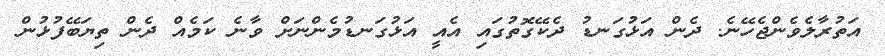
އަތުރާލެވެންޖެހޭނެ. ދެން އަޅުގަނޑު ދެކޭގޮތުގައި އެއީ އަޅުގަނޑުމެންނަށް ވާނެ ކަމެއް ދެން ތިޔަބޭފުޅުން